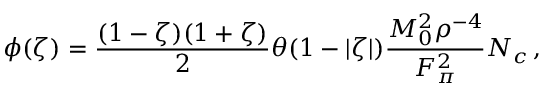
\phi ( \zeta ) = \frac { ( 1 - \zeta ) ( 1 + \zeta ) } 2 \theta ( 1 - | \zeta | ) \frac { M _ { 0 } ^ { 2 } \rho ^ { - 4 } } { F _ { \pi } ^ { 2 } } N _ { c } \, ,